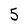
Character: 5